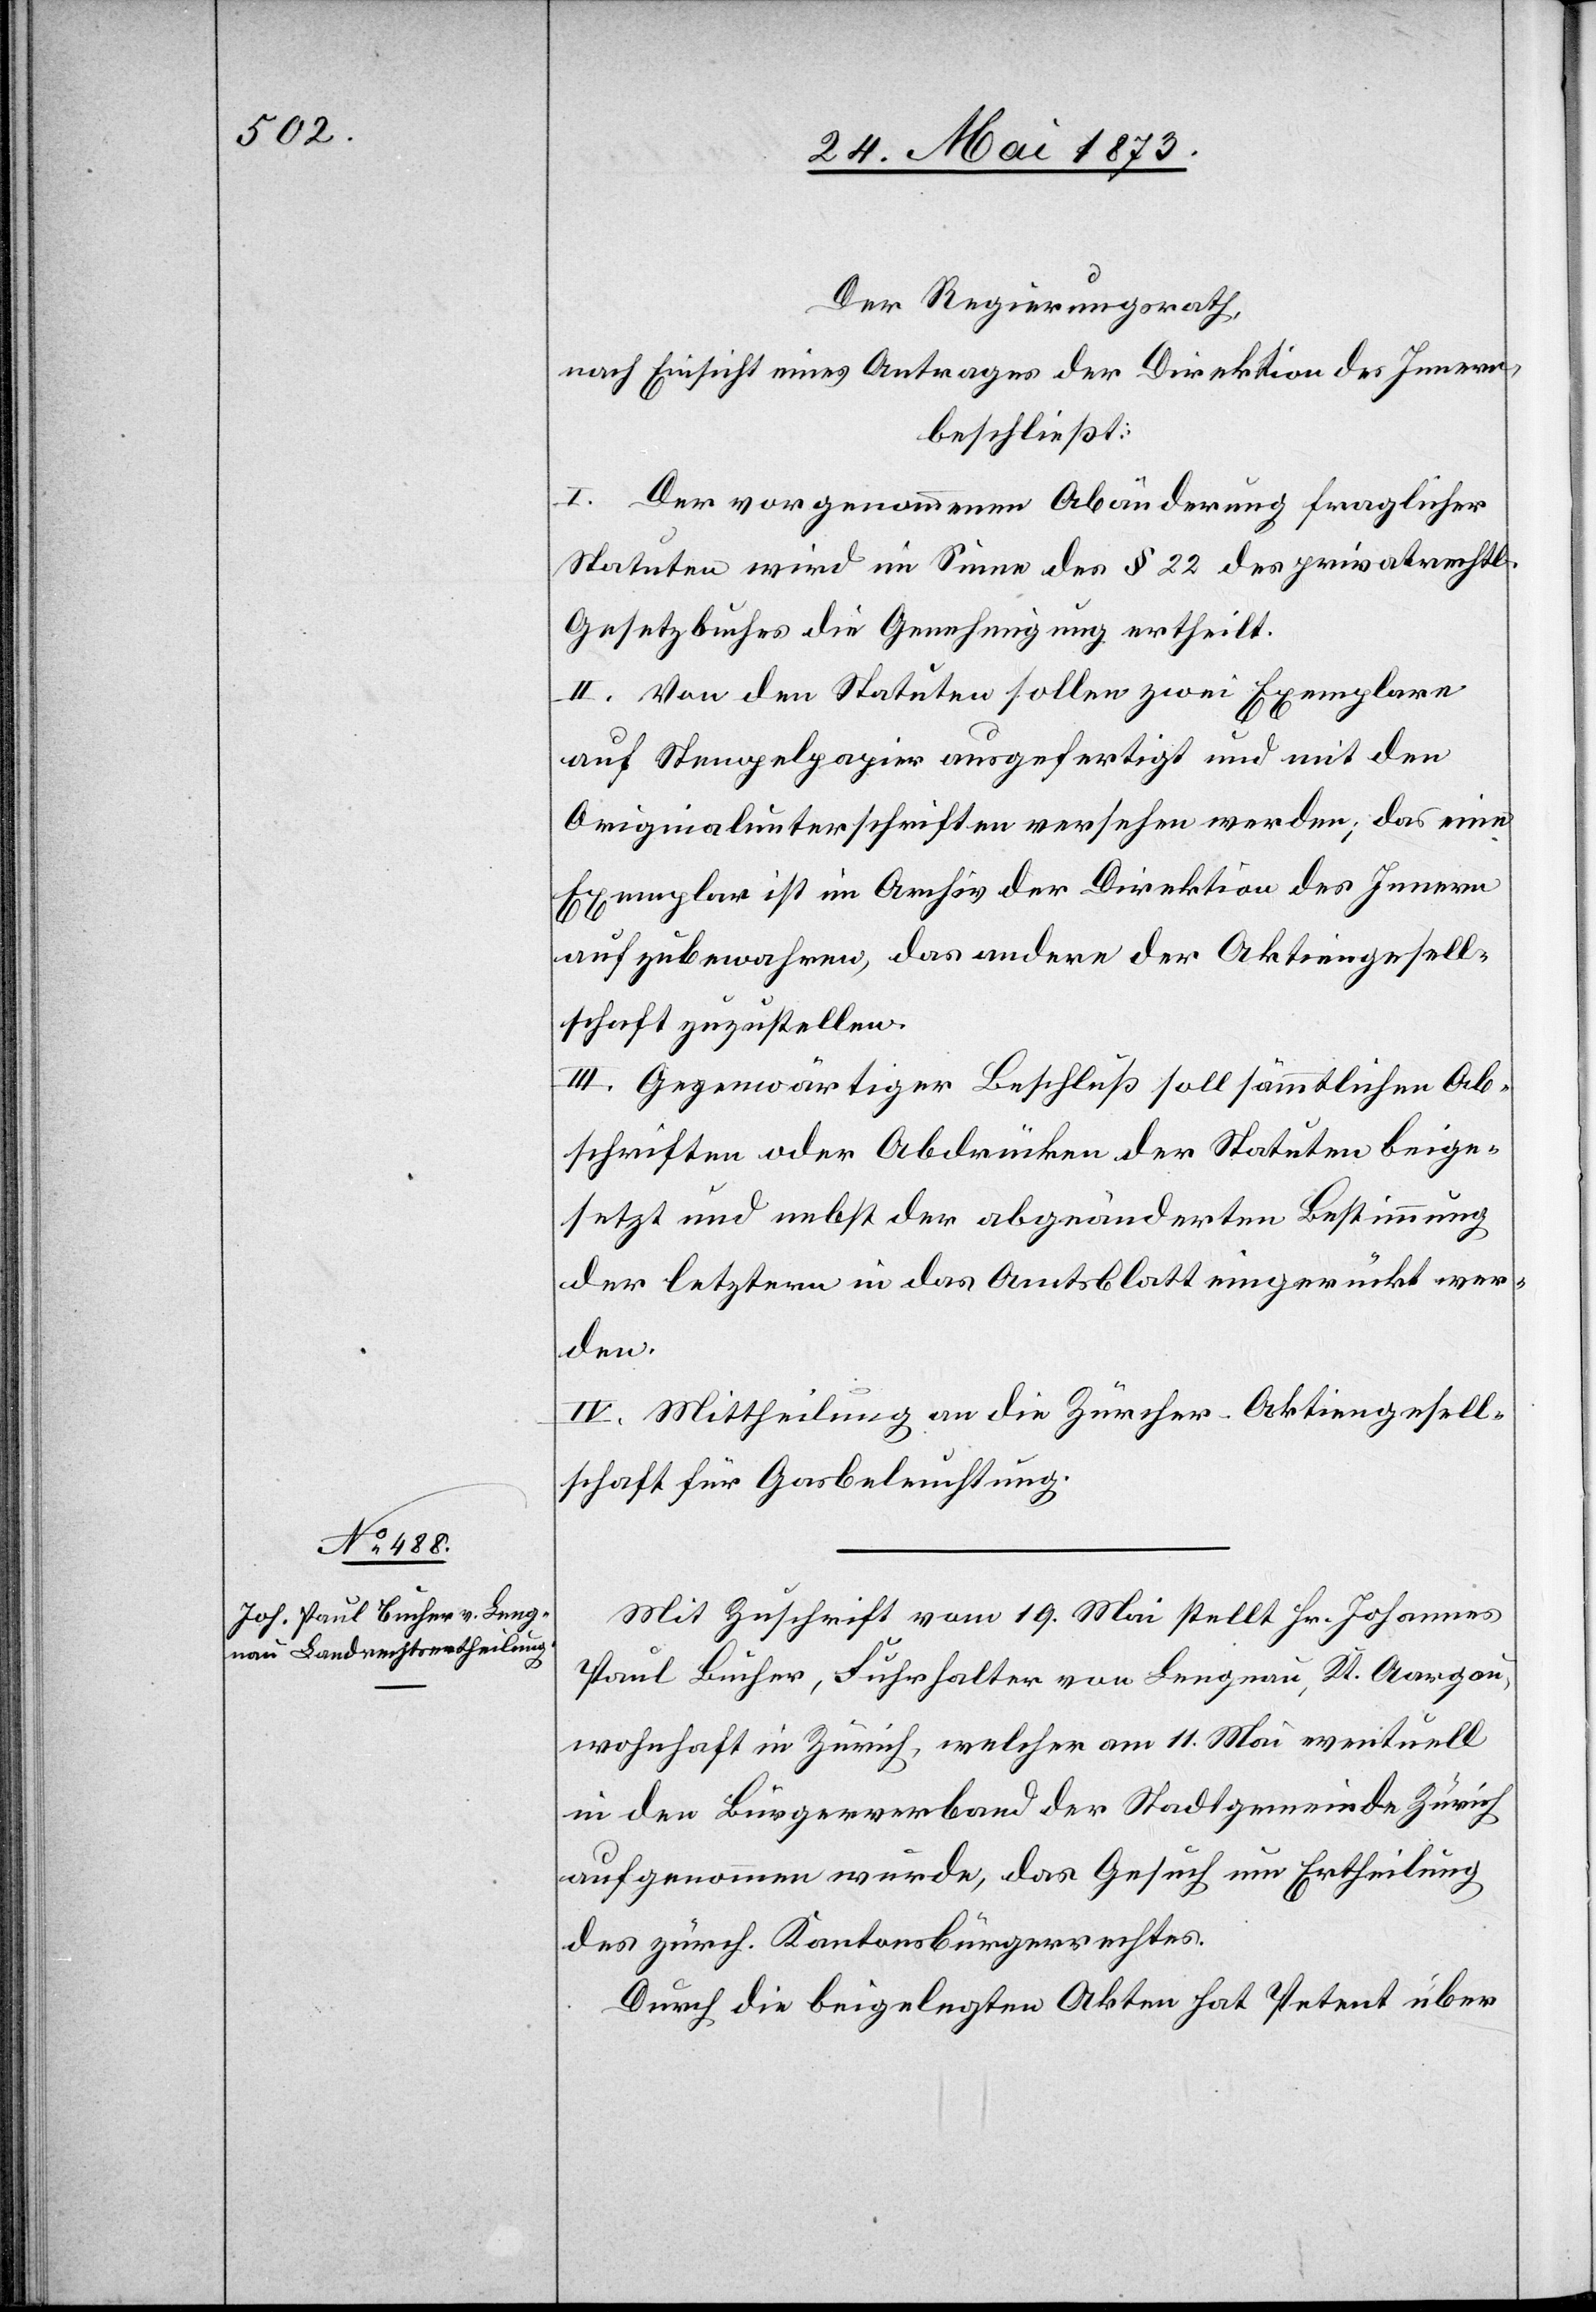
Der Regierungsrath,
nach Einsicht eines Antrages der Direktion des Innern,
beschließt:
I. Der vorgenommenen Abänderung fraglicher
Statuten wird im Sinne des § 22 des privatrechtl.
Gesetzbuches die Genehmigung ertheilt.
II. Von den Statuten sollen zwei Exemplare
auf Stempelpapier ausgefertigt und mit den
Originalunterschriften versehen werden; das eine
Exemplar ist im Archiv der Direktion des Innern
aufzubewahren, das andere der Aktiengesell¬
schaft zuzustellen.
III. Gegenwärtiger Beschluß soll sämmtlichen Ab¬
schriften oder Abdrücken der Statuten beige¬
setzt und nebst der abgeänderten Bestimmung
der letztern in das Amtsblatt eingerückt wer¬
den.
IV. Mittheilung an die Zürcher-Aktiengesell¬
schaft für Gasbeleuchtung.
Mit Zuschrift vom 19. Mai stellt Hr. Johannes
Paul Bucher, Fuhrhalter von Lengnau, Kt. Aargau,
wohnhaft in Zürich, welcher am 11. Mai eventuell
in den Bürgerverband der Stadtgemeinde Zürich
aufgenommen wurde, das Gesuch um Ertheilung
des zürch. Kantonsbürgerrechtes.
Durch die beigelegten Akten hat Petent über